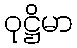
ဝုဋ္ဌိမာ